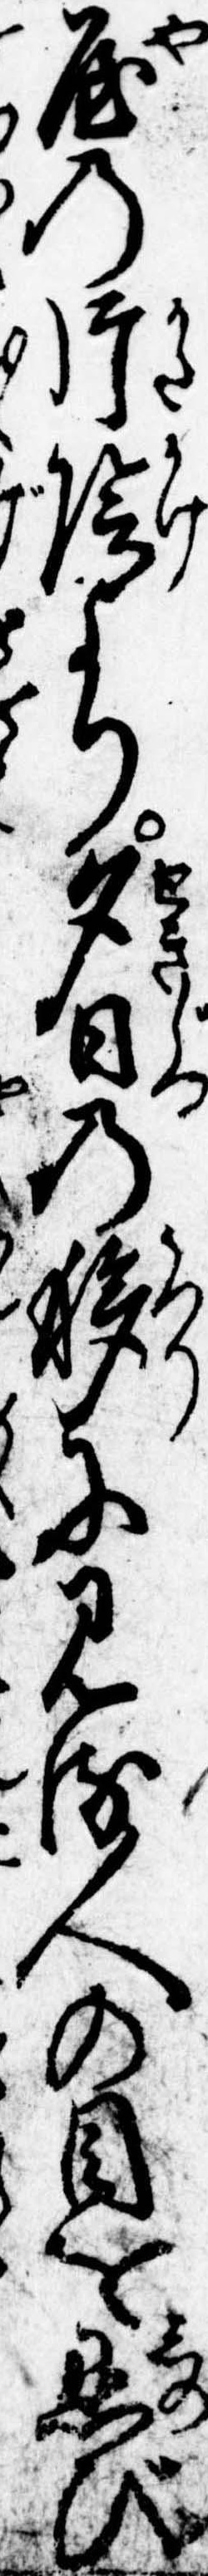
屋の片陰より夕日の移に見る人の目を忍び